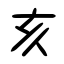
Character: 亥